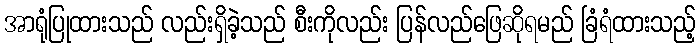
အာရုံပြုထားသည် လည်းရှိခဲ့သည် စီးကိုလည်း ပြန်လည်ဖြေဆိုရမည် ခြံရံထားသည့်